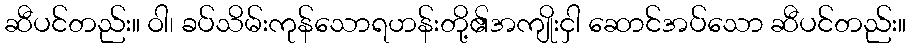
ဆီပင်တည်း။ ဝါ၊ ခပ်သိမ်းကုန်သောရဟန်းတို့၏အကျိုးငှါ ဆောင်အပ်သော ဆီပင်တည်း။